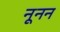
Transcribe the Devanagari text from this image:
नूनन